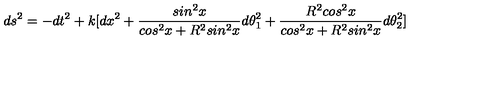
d s ^ { 2 } = - d t ^ { 2 } + k [ d x ^ { 2 } + \frac { s i n ^ { 2 } x } { c o s ^ { 2 } x + R ^ { 2 } s i n ^ { 2 } x } d \theta _ { 1 } ^ { 2 } + \frac { R ^ { 2 } c o s ^ { 2 } x } { c o s ^ { 2 } x + R ^ { 2 } s i n ^ { 2 } x } d \theta _ { 2 } ^ { 2 } ]